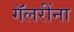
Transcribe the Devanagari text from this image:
गॅलरींना